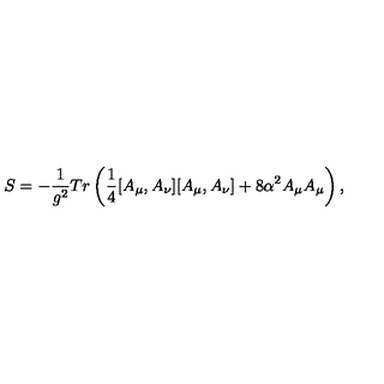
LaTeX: S = - \frac { 1 } { g ^ { 2 } } T r \left( \frac { 1 } { 4 } [ A _ { \mu } , A _ { \nu } ] [ A _ { \mu } , A _ { \nu } ] + 8 \alpha ^ { 2 } A _ { \mu } A _ { \mu } \right) ,